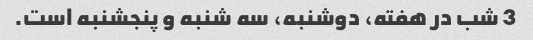
3 شب در هفته، دوشنبه، سه شنبه و پنجشنبه است.